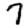
Digit: 7